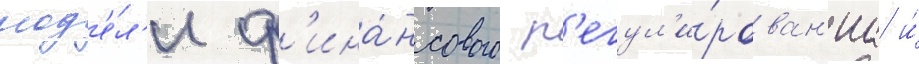
мод'е́л'и ф'ина́нсового р'егул'и́рован'иа и́